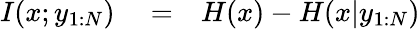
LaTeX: \begin{array}{rlr}{I(x;y_{1:N})}&{{}=}&{H(x)-H(x|y_{1:N})}\end{array}